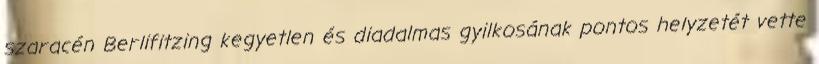
szaracén Berlifitzing kegyetlen és diadalmas gyilkosának pontos helyzetét vette